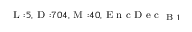
_ { \textrm { L } : 5 , \textrm { D } : 7 0 4 , \textrm { M } : 4 0 , \textrm { E n c D e c } _ { \textrm { B } 1 } }